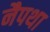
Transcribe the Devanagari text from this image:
नैपथा